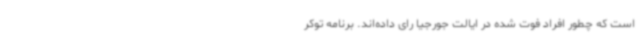
است که چطور افراد فوت شده در ایالت جورجیا رای داده‌اند. برنامه توکر